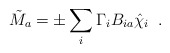
\begin{align*}\tilde{M}_a = \pm \sum_{i} \Gamma_i B_{ia} \hat{\chi}_i \;\; .\end{align*}